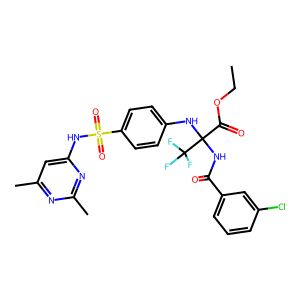
SMILES: CCOC(=O)C(NC(=O)c1cccc(Cl)c1)(Nc1ccc(S(=O)(=O)Nc2cc(C)nc(C)n2)cc1)C(F)(F)F
Inhibits HIV replication: No